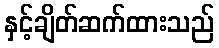
နှင့်ချိတ်ဆက်ထားသည်